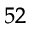
^ { 5 2 }